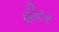
હીટર